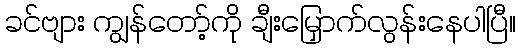
ခင်ဗျား ကျွန်တော့်ကို ချီးမြှောက်လွန်းနေပါပြီ။